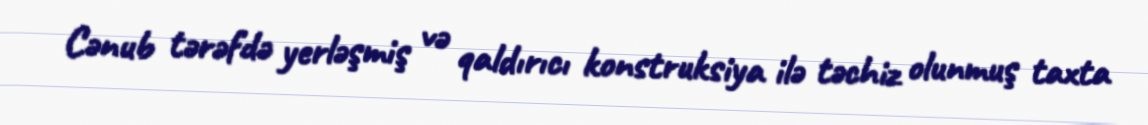
Cənub tərəfdə yerləşmiş və qaldırıcı konstruksiya ilə təchiz olunmuş taxta